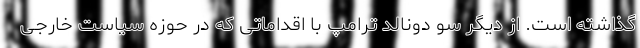
گذاشته است. از دیگر سو دونالد ترامپ با اقداماتی که در حوزه سیاست خارجی